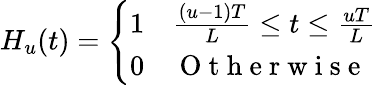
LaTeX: \begin{array}{r}{H_{u}(t)=\left\{ \begin{array}{ll}{1}&{\frac{(u-1)T}{L}\leq t\leq\frac{uT}{L}}\\ {0}&{\mathrm{~O~t~h~e~r~w~i~s~e~}}\end{array}\right.}\end{array}